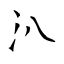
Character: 汃